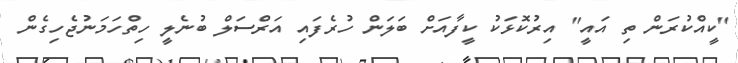
"ކީއްކުރަން ތި އައީ" އިރުކޮޅަކު ކީފާއަށް ބަލަން ހުރެފައި އަރްސަލް ބުނެލީ ހިތްހަމަނުޖެހިގެން